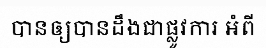
បានឲ្យបានដឹងជាផ្លូវការ អំពី